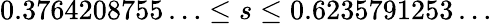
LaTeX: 0.3764208755\ldots\le s\le 0.6235791253\ldots